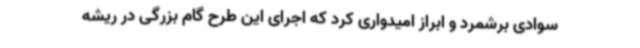
سوادی برشمرد و ابراز امیدواری کرد که اجرای این طرح گام بزرگی در ریشه